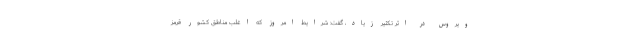
ویروس در اثر تکثیر زیاد، گفت: شرایط امروز که اغلب مناطق کشور قرمز